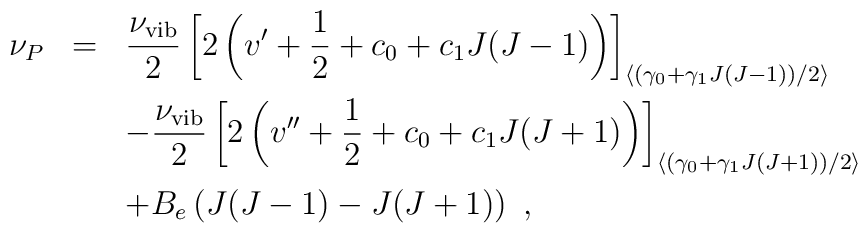
\begin{array}{rcl}\nu_P&=&\displaystyle \frac{\nu_{\rm vib}}{2}        \left[2\left(v^\prime+{1\over 2}+c_0+c_1J(J-1)\right)\right]_{\left<\left(\gamma_0+\gamma_1J(J-1)\right)/2\right>}\\[4mm]     & &-\displaystyle \frac{ \nu_{\rm vib}}{2}        \left[2\left(v^{\prime\prime}+{1\over 2}+c_0+c_1J(J+1)\right)\right]_        {\left<\left(\gamma_0+\gamma_1J(J+1)\right)/2\right>}\\[4mm]     & &+B_e\left(J(J-1)-J(J+1)\right)~,\end{array}